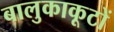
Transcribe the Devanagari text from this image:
बालुकाकूटों